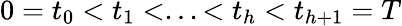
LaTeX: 0=t_{0}<t_{1}<...<t_{h}<t_{h+1}=T